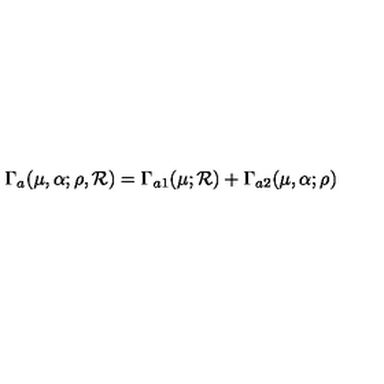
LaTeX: \Gamma _ { a } ( \mu , \alpha ; \rho , { \cal R } ) = \Gamma _ { a 1 } ( \mu ; { \cal R } ) + \Gamma _ { a 2 } ( \mu , \alpha ; \rho )